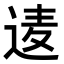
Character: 𮞒